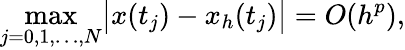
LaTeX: \operatorname*{max}_{j=0,1,\ldots,N}\bigl|x(t_{j})-x_{h}(t_{j})\bigr|=O(h^{p}),